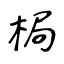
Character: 梮